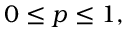
0 \leq p \leq 1 ,